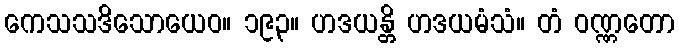
ကေသသဒိသောယေဝ။ ၁၉၃။ ဟဒယန္တိ ဟဒယမံသံ။ တံ ဝဏ္ဏတော